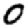
Digit: 0